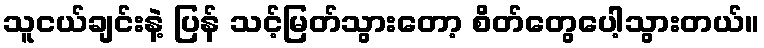
သူငယ်ချင်းနဲ့ ပြန် သင့်မြတ်သွားတော့ စိတ်တွေပေါ့သွားတယ်။